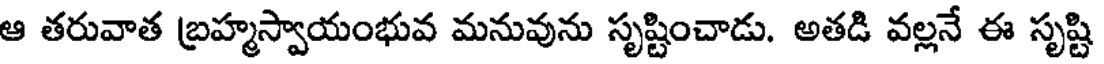
ఆ తరువాత బ్రహ్మస్వాయంభువ మనువును సృష్టించాడు. అతడి వల్లనే ఈ సృష్టి